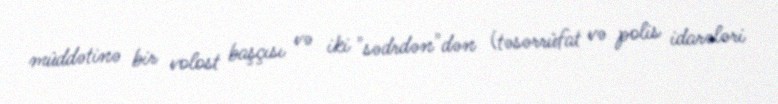
müddətinə bir volost başçısı və iki "sədrdən"dən (təsərrüfat və polis idarələri